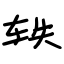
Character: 轶